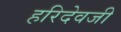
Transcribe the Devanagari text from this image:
हरिदेवजी